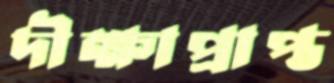
দীক্ষাপ্রাপ্ত